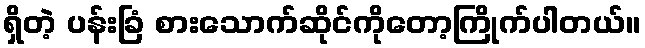
ရှိတဲ့ ပန်းခြံ စားသောက်ဆိုင်ကိုတော့ကြိုက်ပါတယ်။